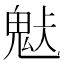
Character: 𩲹